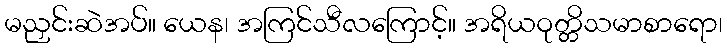
မညှင်းဆဲအပ်။ ယေန၊ အကြင်သီလကြောင့်။ အရိယဝုတ္တိသမာစာရော၊